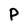
Character: P